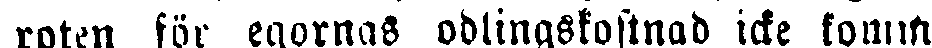
roten för egornas odlingskostnad icke komma